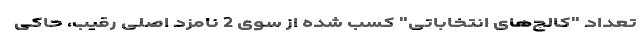
تعداد "کالج‌های انتخاباتی" کسب شده از سوی 2 نامزد اصلی رقیب، حاکی